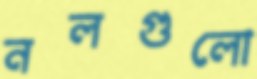
নলগুলো